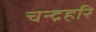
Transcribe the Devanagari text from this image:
चन्द्रहरि